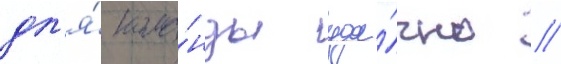
дл'я́ кома́нды уда́чно //